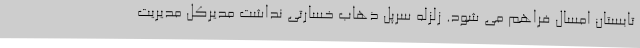
تابستان امسال فراهم می شود. زلزله سرپل ذهاب خسارتی نداشت مدیرکل مدیریت